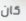
كان